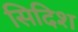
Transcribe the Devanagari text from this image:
सिदिश